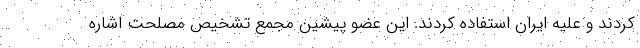
کردند و علیه ایران استفاده کردند. این عضو پیشین مجمع تشخیص مصلحت اشاره